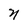
Character: n